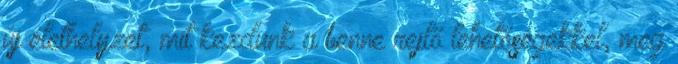
új élethelyzet, mit kezdünk a benne rejlő lehetőségekkel, meg